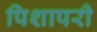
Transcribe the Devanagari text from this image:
पिशापरी